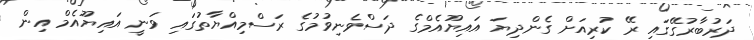
ދަރުބާރުގޭގައި ރޭ ކުރިއަށް ގެންދިޔަ އައިޔޫއެމްގެ ދަސްވެނިވުމުގެ ރަސްމިއްޔާތުގައި ވަނީ އައިޔޫއެމް އިން